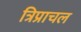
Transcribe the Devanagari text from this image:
त्रिप्राचल